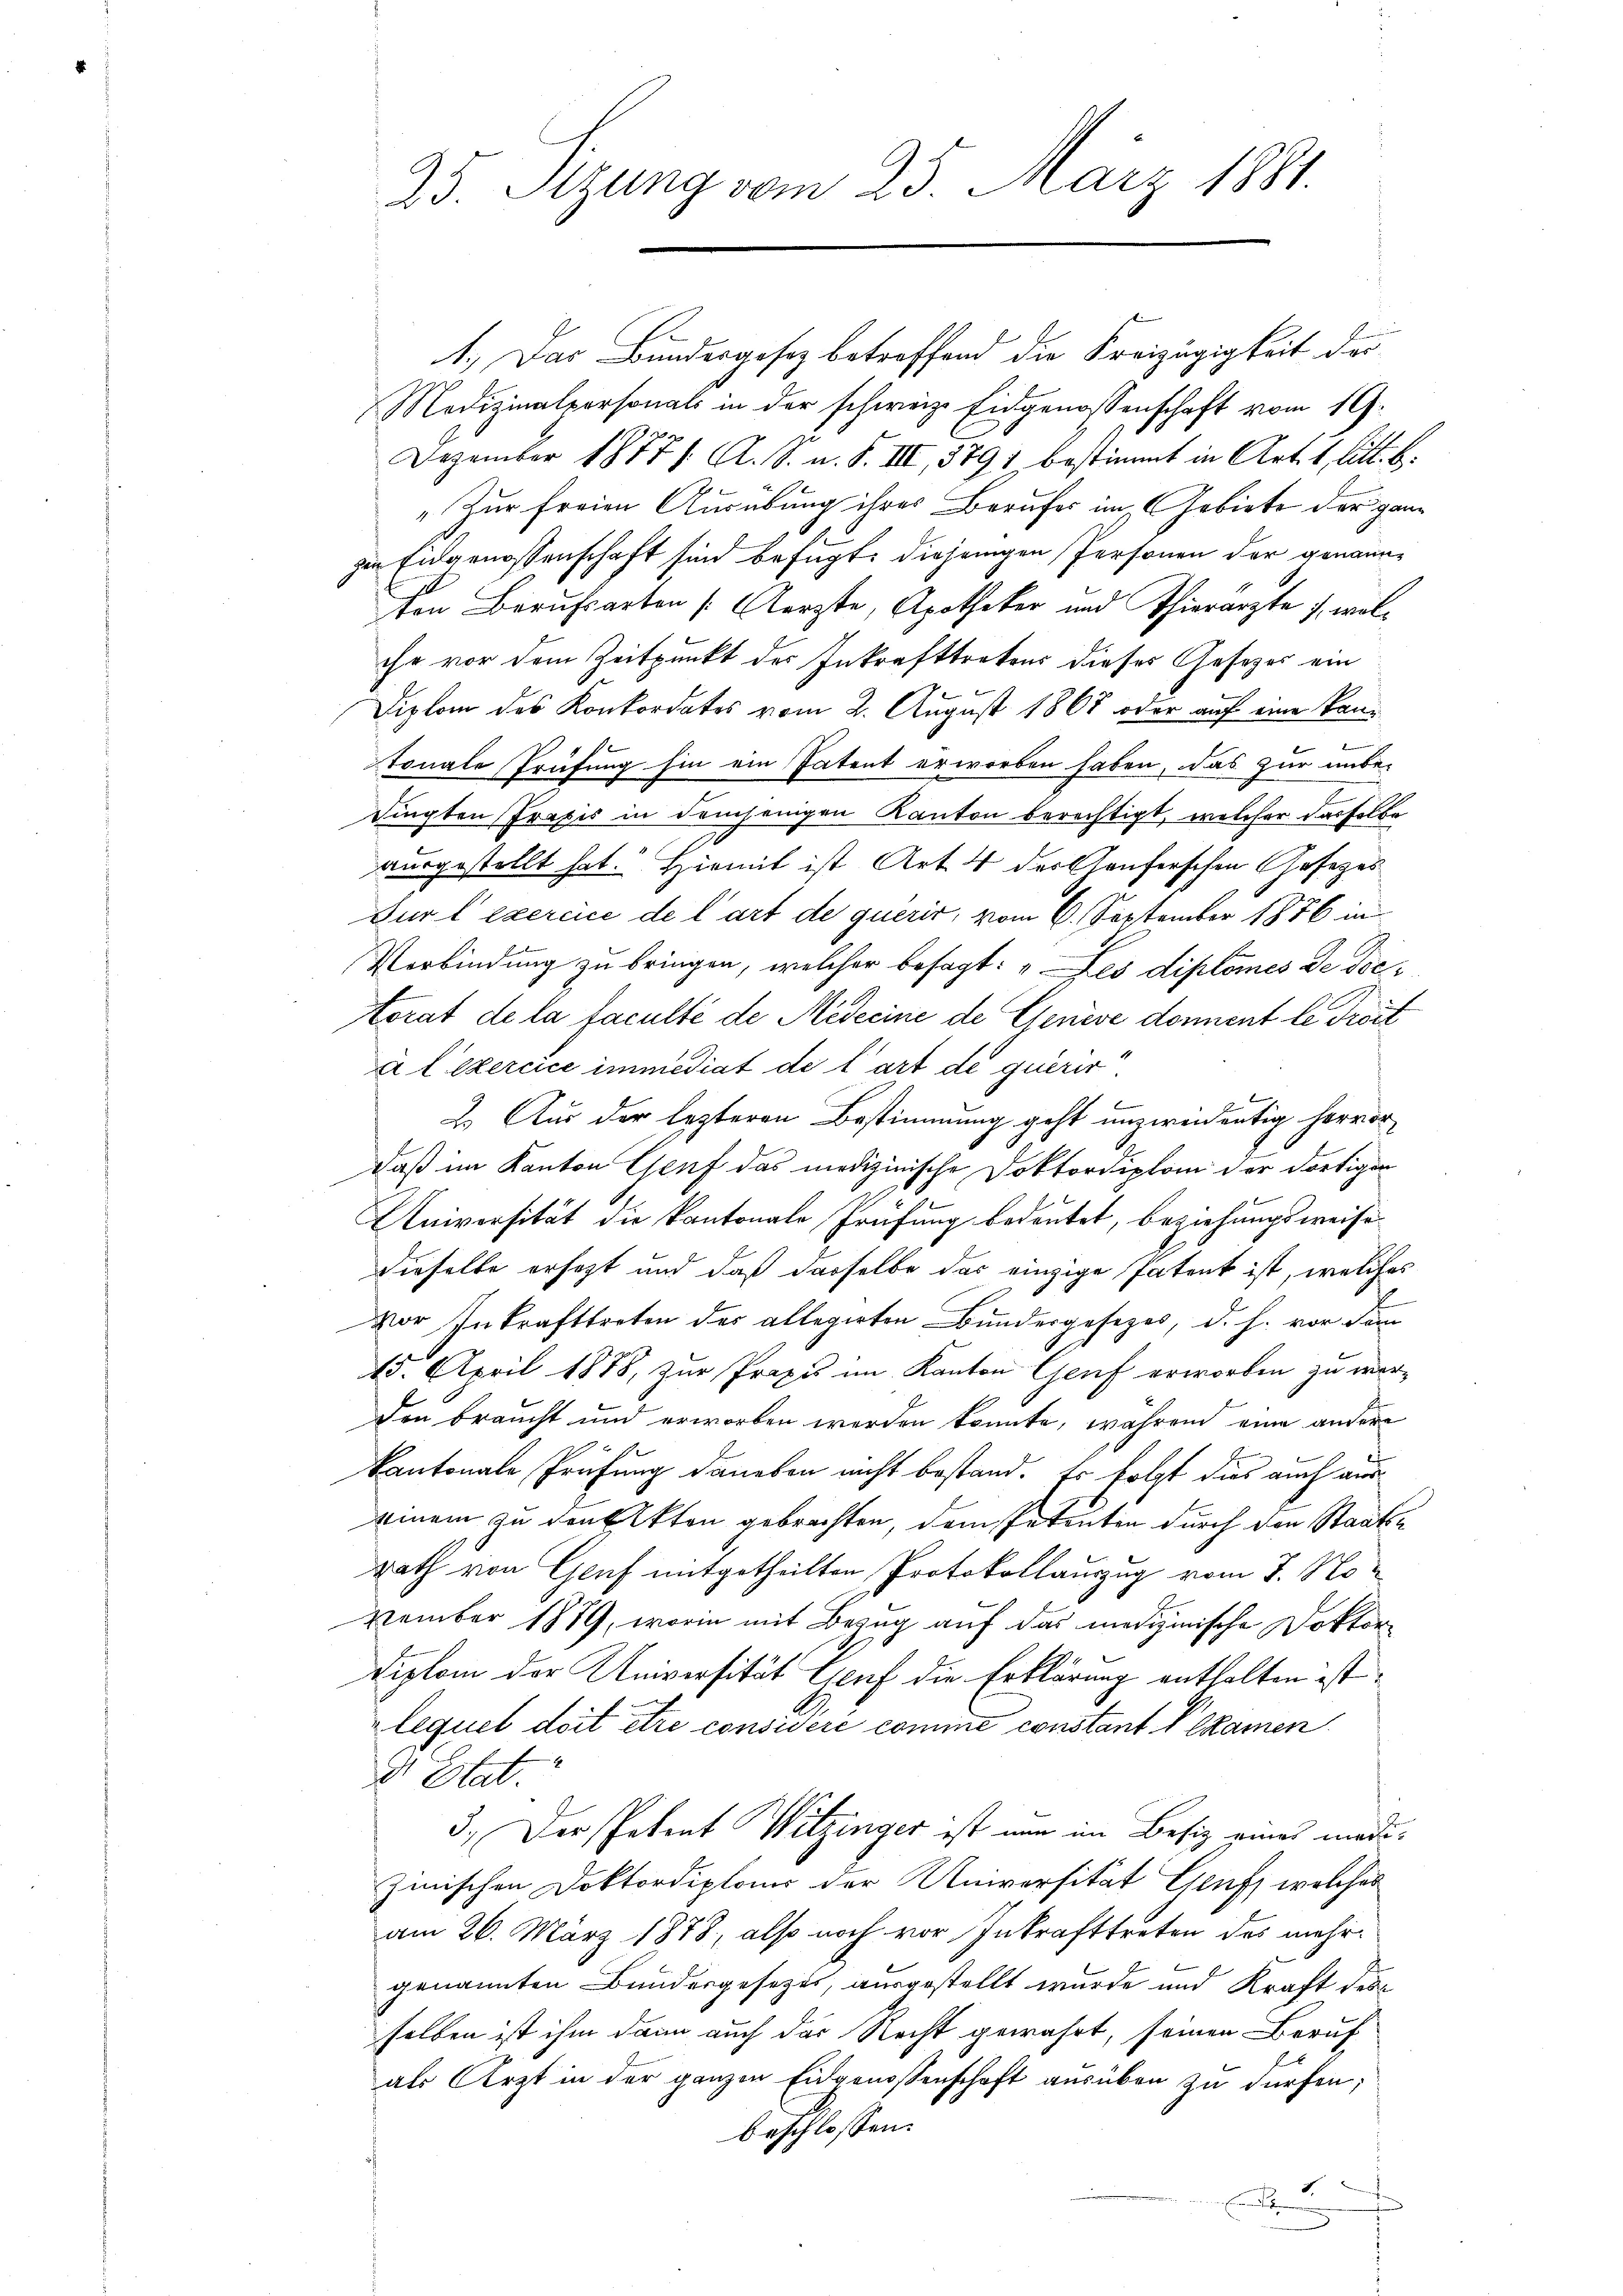
25. Sizung vom 25. März 1881.

1.) Das Bundergesetz betreffend die Freizügigkeit der
Medizinalpersonals in der schweiz. Eidgenossenschaft vom 19.
Dezember 1877 f. A. S. u. S. III, 5791 bestimmt in Art. 1 litt. b.
„Zur freien Ausübung ihres Berufes im Gebiete der ganz
zin Eidgenossenschaft sind befügt: diejenigen Personen der genannten Berufsarten [Aerzte, Apotheker und Thierarzte 7, wolihr vor dem Zeitpunkt des Inkrafttretens dieses Gesetzes ein
Diplom des Konkordates vom 2. August 1867 oder auf eine Kantonale Prüfung hin ein Patent erworben haben, das zur unbe-
dingten Praxis in demjenigen Kanton berechtigt, welcher dasselbe
ausgestellt hat. Hiemit ist Art. 4 der Chauferschen Gesezes
Dur l'exercice de l’art de quérir, vom 6. September 1876 in
Verbindung zu bringen, welcher besagt: „Les diplomes de doc
torat de la faculté de Medecine de Genève donnent le Tröst
u l’exercice immediat de tart de querer
2. Aus der lezteren Bestimmung geht unzweidentig hervor
daß im Kanton Genf das medizinische Doktordiplom der dortigen
Universität die kantonale Prüfung bedeutet, beziehungsweise
dieselbe ersezt und daß dasselbe das einzige Patent ist, welches
Vor Inkrafttreten des allegirten Bundergesezes, d. h. vor dem
15. April 1878, zur Prope im Kanton Genf erworben zu wer¬
Den braucht und erworben werden könnte, während eine andere
kantonale Prüfung daneben nicht bestand. Es folgt dies auch auseinem zu den Akten gebrachten, dem Petenten durch den Staatsrath von Genf mitgetheilten Protokollauszug vom 7. November 1879, worin mit Bezug auf das medizinische Doktor¬
Diplom der Universität Genf die Erklärung enthalten ist.
lequel doit être considère comme constant Ilkamen
4
21 Etat.
3.) Der Petent Witzinger ist nun im Besiz eines madizwischen Doktordiploms der Universität Gruf, welches
am 26. März 1878, also noch vor Inkrafttreten des mehrgenannten Bundesgesetzes, ausgestellt wurde und Kraft des
selben ist ihm dann auch der Recht gewährt, seinen Beruf
als Arzt in der ganzen Eidgenossenschaft ausüben zu dürfen;
beschlossen: